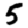
Digit: 5